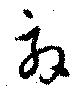
效